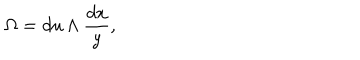
\Omega = d u \wedge \frac { d x } { y } ,